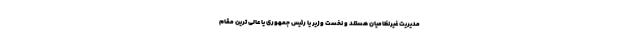
مدیریت غیرنظامیان هستند و نخست وزیر یا رئیس جمهوری یا عالی ترین مقام